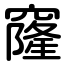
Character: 窿